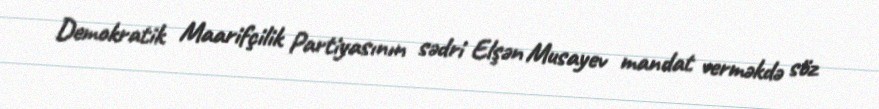
Demokratik Maarifçilik Partiyasının sədri Elşən Musayev mandat verməkdə söz